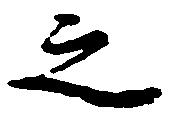
之